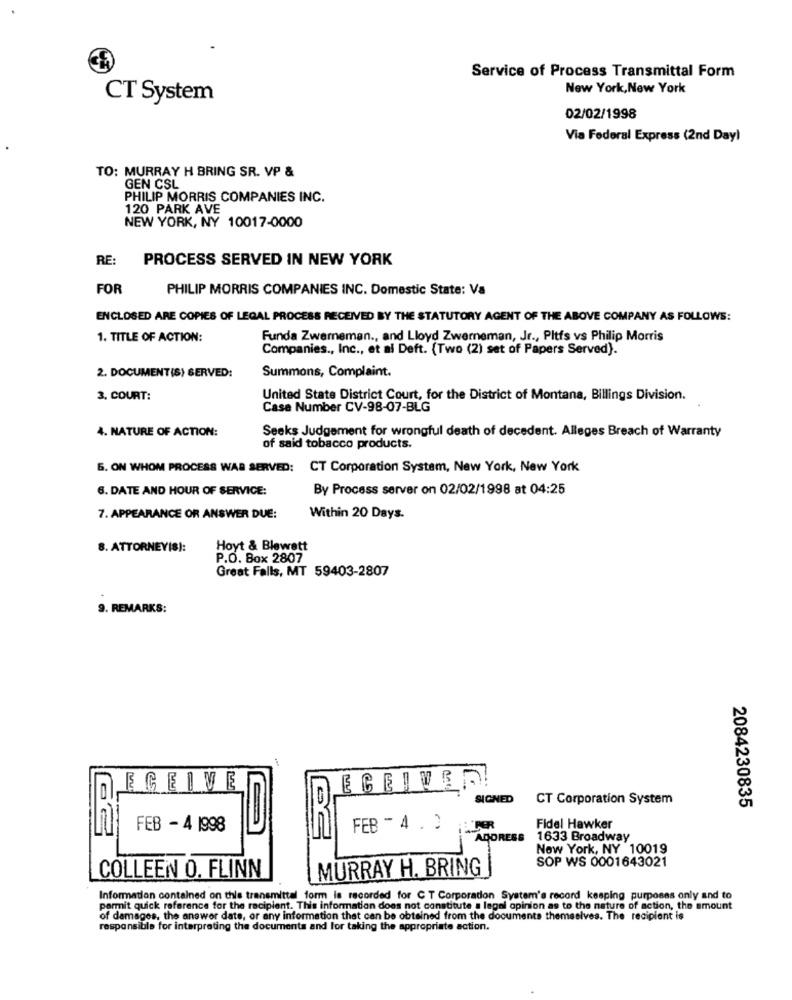
Service of Process Transmittal Form
New York, New York
CT System
02/02/1998
Via Federal Express (2nd Day)
TO: MURRAY H BRING SR. VP &
GEN CSL
PHILIP MORRIS COMPANIES INC.
120 PARK AVE
NEW YORK, NY 10017-0000
RE:
PROCESS SERVED IN NEW YORK
FOR
PHILIP MORRIS COMPANIES INC. Domestic State: Va
ENCLOSED ARE COPIES OF LEGAL PROCESS RECEIVED BY THE STATUTORY AGENT OF THE ABOVE COMPANY AS FOLLOWS:
1. TITLE OF ACTION:
Funda Zwerneman ., and Lloyd Zwerneman, Jr ., Pitfs vs Philip Morris
Companies ., Inc ., et al Deft. (Two (2) set of Papers Served).
Summons, Complaint.
2. DOCUMENT(S) SERVED:
3, COURT:
United State District Court, for the District of Montana, Billings Division.
Case Number CV-98-07-BLG
Seeks Judgement for wrongful death of decedent. Alleges Breach of Warranty
4. NATURE OF ACTION:
of said tobacco products.
6. ON WHOM PROCESS WAR SERVED:
CT Corporation System, New York, New York
6. DATE AND HOUR OF SERVICE:
By Process server on 02/02/1998 at 04:25
7. APPEARANCE OR ANSWER DUE:
Within 20 Days.
8. ATTORNEY(S):
Hoyt & Blewett
P.O. Box 2807
Great Falls, MT 59403-2807
9. REMARKS:
ECEIVE
SIGNED
CT Corporation System
2084230835
FEB - 4 1998
FEB - 4 . )
Fidel Hawker
ADORESS
1633 Broadway
New York, NY 10019
SOP WS 0001643021
COLLEEN O. FLINN
MURRAY H. BRING
Information contained on this transmittal form is recorded for C T Corporation System's record keeping purposes only and to
permit quick reference for the recipient. This information does not constitute a legal opinion as to the nature of action, the amount
of damages, the answer date, or any information that can be obtained from the documents themselves. The recipient is
responsible for interpreting the documents and for taking the appropriate action.